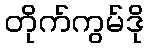
တိုက်ကွမ်ဒို